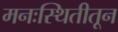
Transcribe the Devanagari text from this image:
मनःस्थितीतून